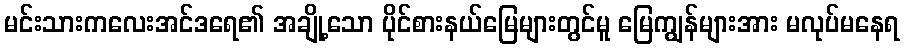
မင်းသားကလေးအင်ဒရေ၏ အချို့သော ပိုင်စားနယ်မြေများတွင်မူ မြေကျွန်များအား မလုပ်မနေရ